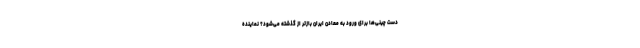
دست چینی‌ها برای ورود به معادن ایران بازتر از گذشته می‌شود؟ نماینده